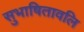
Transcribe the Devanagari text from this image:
सुभाषितावलि